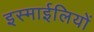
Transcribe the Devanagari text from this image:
इस्माईलियों